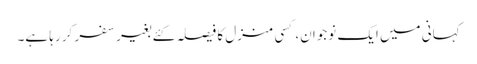
کہانی میں ایک نوجوان، کسی منزل کا فیصلہ کئے بغیر سفر کر رہا ہے۔